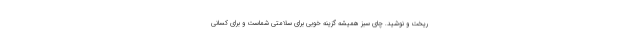
ریخت و نوشید. چای سبز همیشه گزینه خوبی برای سلامتی شماست و برای کسانی